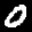
Label: 0